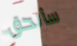
سألحق